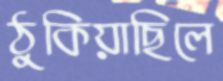
ঠুকিয়াছিলে